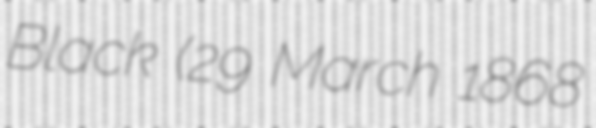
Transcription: Black (29 March 1868